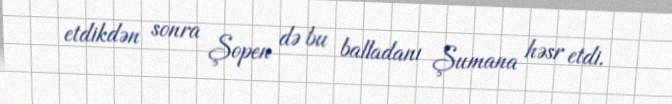
etdikdən sonra Şopen də bu balladanı Şumana həsr etdi.